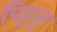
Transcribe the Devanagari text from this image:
पिट्टलु